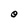
Character: O